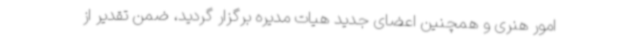
امور هنری و همچنین اعضای جدید هیات مدیره برگزار گردید، ضمن تقدیر از